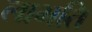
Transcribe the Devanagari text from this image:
लाभति